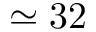
\simeq 3 2